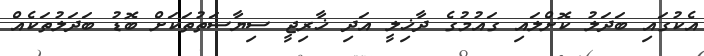
އެކުގައި ބަދަލު ކޮށްލައި ގައުމުގެ ދާޚިލީ އަދި ޚާރިޖީ ސިޔާސަތުތަކަށް ބޮޑު ބަދަލުތަކެއް